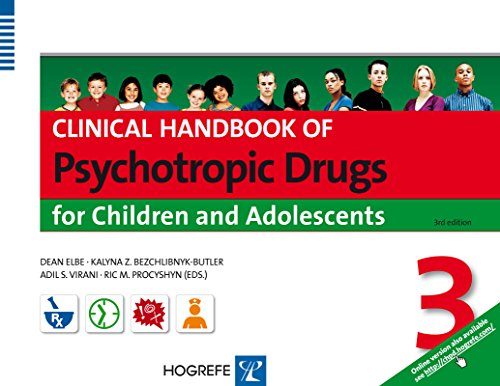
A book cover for Clinical Handbook of Psychotropic Drugs for Children and Adolescents; Dean Elbe; Medical Books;